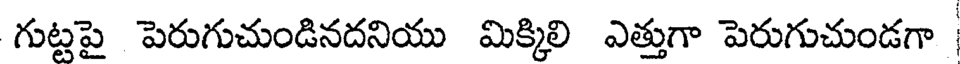
గుట్టపై పెరుగుచుండినదనియు మిక్కిలి ఎత్తుగా పెరుగుచుండగా